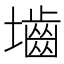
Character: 𪤭